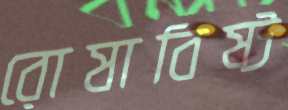
রোষাবিষ্ট